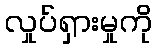
လှုပ်ရှားမှုကို